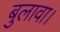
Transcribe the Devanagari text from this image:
बुलावा।